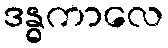
ဒန္ဓကာလေ